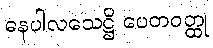
ဓနပါလသေဋ္ဌိ ပေတဝတ္ထု